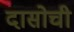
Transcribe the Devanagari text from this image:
दासोची